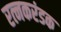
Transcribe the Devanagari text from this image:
रत्नकरंडक